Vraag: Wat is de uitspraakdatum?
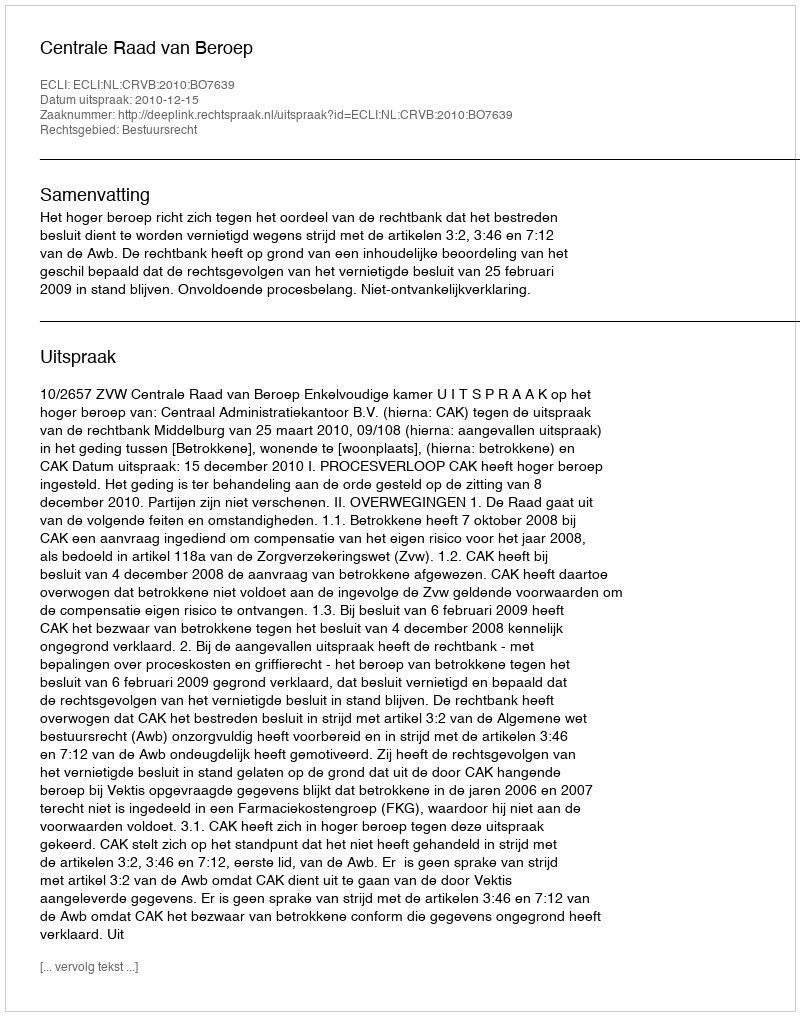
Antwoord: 2010-12-15